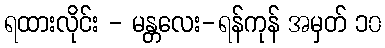
ရထားလိုင်း - မန္တလေး-ရန်ကုန် အမှတ် ၁၀